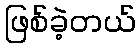
ဖြစ်ခဲ့တယ်